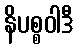
နိပစ္စဝါဒီ